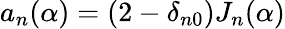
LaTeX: a_{n}(\alpha)=(2-\delta_{n0})J_{n}(\alpha)